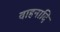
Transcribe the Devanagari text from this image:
वाहनादि